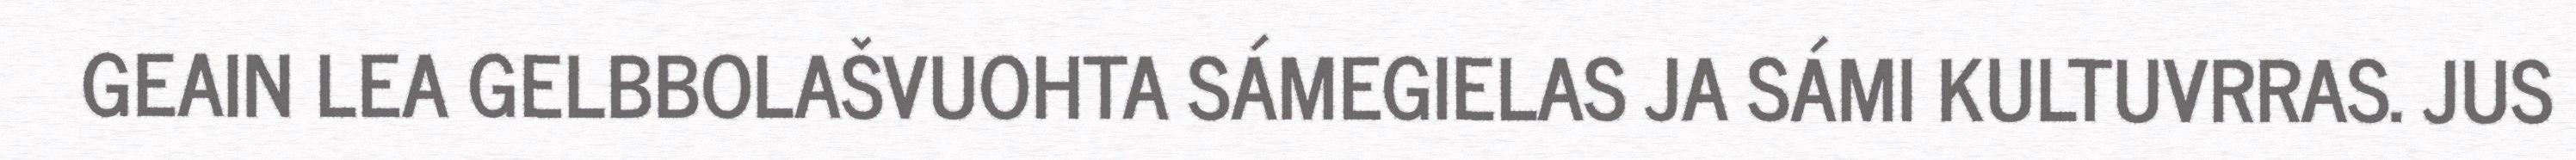
GEAIN LEA GELBBOLAŠVUOHTA SÁMEGIELAS JA SÁMI KULTUVRRAS. JUS